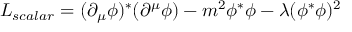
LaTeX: { \cal L } _ { s c a l a r } = ( \partial _ { \mu } \phi ) ^ { \ast } ( \partial ^ { \mu } \phi ) - m ^ { 2 } \phi ^ { \ast } \phi - \lambda ( \phi ^ { \ast } \phi ) ^ { 2 }